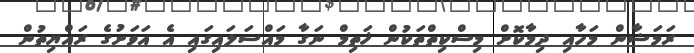
ރަމަޟާން މަހާއި ދިމާކޮށް މިސްކިތްތަކުން ޚަތިމް ނަގާ މައްސަލައިގައި އެ އަވަށުގެ ރައްޔިތުން